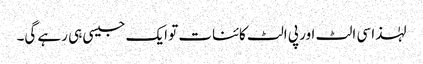
لہٰذا سی الٹ اور پی الٹ کائنات تو ایک جیسی ہی رہے گی۔